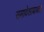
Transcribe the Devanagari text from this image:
समावेशाबाबत